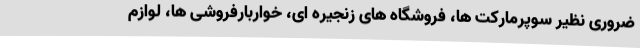
ضروری نظیر سوپرمارکت ها، فروشگاه های زنجیره ای، خواربارفروشی ها، لوازم